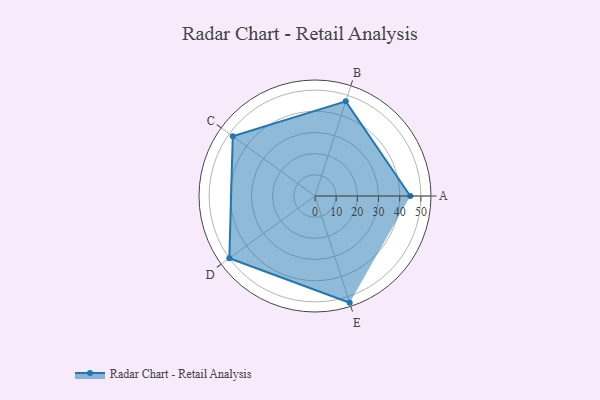
{"axis": {"x": "Skill", "y": "Score"}, "legend": ["Profile"], "data": [{"x": "A", "y": 45.0, "type": "Profile"}, {"x": "B", "y": 47.0, "type": "Profile"}, {"x": "C", "y": 48.0, "type": "Profile"}, {"x": "D", "y": 50.0, "type": "Profile"}, {"x": "E", "y": 53.0, "type": "Profile"}]}